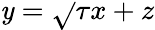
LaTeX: \mathit{y}=\sqrt{}{{\tau}}x+z